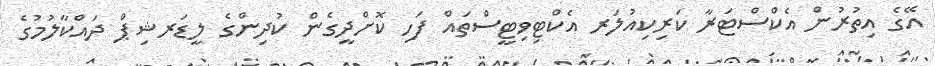
އޭގެ އިތުރުން އެކްސްޓަރާ ކަރިކިއުލަރ އެކްޓިވިޓީސްތައް ފަހި ކޮށްދީގެން ކުދިންގެ ލީޑަރޝިޕް ދައްކާލުމުގެ